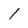
Character: 1